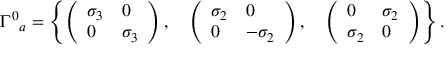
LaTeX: { \Gamma ^ { 0 } } _ { a } = \left\{ \left( \begin{array} { l l } { { \sigma _ { 3 } } } & { { 0 } } \\ { { 0 } } & { { \sigma _ { 3 } } } \end{array} \right) , \quad \left( \begin{array} { l l } { { \sigma _ { 2 } } } & { { 0 } } \\ { { 0 } } & { { - \sigma _ { 2 } } } \end{array} \right) , \quad \left( \begin{array} { l l } { { 0 } } & { { \sigma _ { 2 } } } \\ { { \sigma _ { 2 } } } & { { 0 } } \end{array} \right) \right\} .